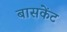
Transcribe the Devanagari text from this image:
बासकेंट